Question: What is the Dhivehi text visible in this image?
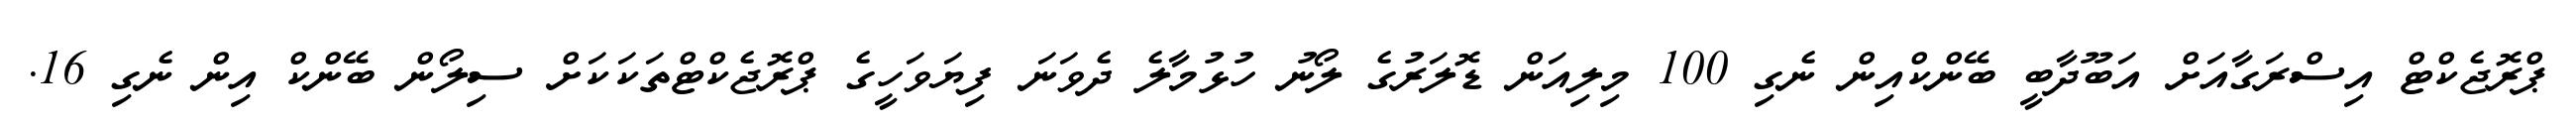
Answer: ޕްރޮޖެކްޓް އިސްރަގާއަށް އަބޫދާބީ ބޭންކްއިން ނެގި 100 މިލިއަން ޑޮލަރުގެ ލޯނު ހުޅުމާލެ ދެވަނަ ފިޔަވަހީގެ ޕްރޮޖެކްޓްތަކަކަށް ސިލޯން ބޭންކް އިން ނެގި 16.